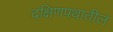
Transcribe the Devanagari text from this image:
दक्षिणपथातील